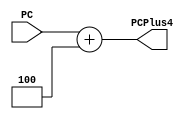
module consecutiveInstAddr_P1
    #(parameter Width = 32)
(
    input  [Width-1:0] PC,
    output [Width-1:0] PCPlus4
);
    assign PCPlus4 = PC + 4;
endmodule